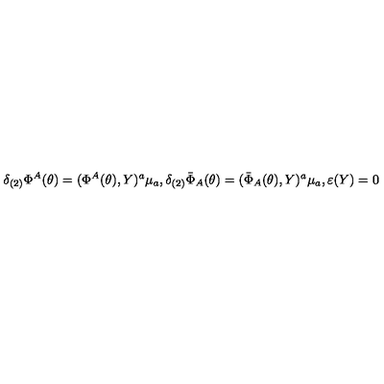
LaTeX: \delta _ { ( 2 ) } \Phi ^ { A } ( \theta ) = ( \Phi ^ { A } ( \theta ) , Y ) ^ { a } \mu _ { a } , \delta _ { ( 2 ) } \bar { \Phi } _ { A } ( \theta ) = ( \bar { \Phi } _ { A } ( \theta ) , Y ) ^ { a } \mu _ { a } , \varepsilon ( Y ) = 0